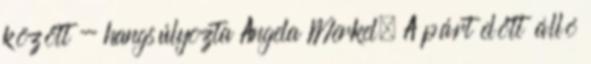
között - hangsúlyozta Angela Merkel. A párt előtt álló